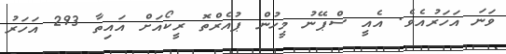
ވަނަ އަހަރުއެވެ. އެއީ ސްޕޭނު މީހުން ޕުއެރްތޮ ރީކޯއަށް އައިތާ 293 އަހަރު